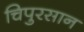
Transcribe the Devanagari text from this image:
चिपुरसान